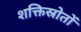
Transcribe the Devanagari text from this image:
शक्तिस्रोतों